Bréfritari: Stefanía Siggeirsdóttir
Viðtakandi: Páll Pálsson
Dagsetning: A-1866-09-09
Skrifað á: Hraungerði  Árn.
Stefanía var bróðurdóttir Páls Pálssonar

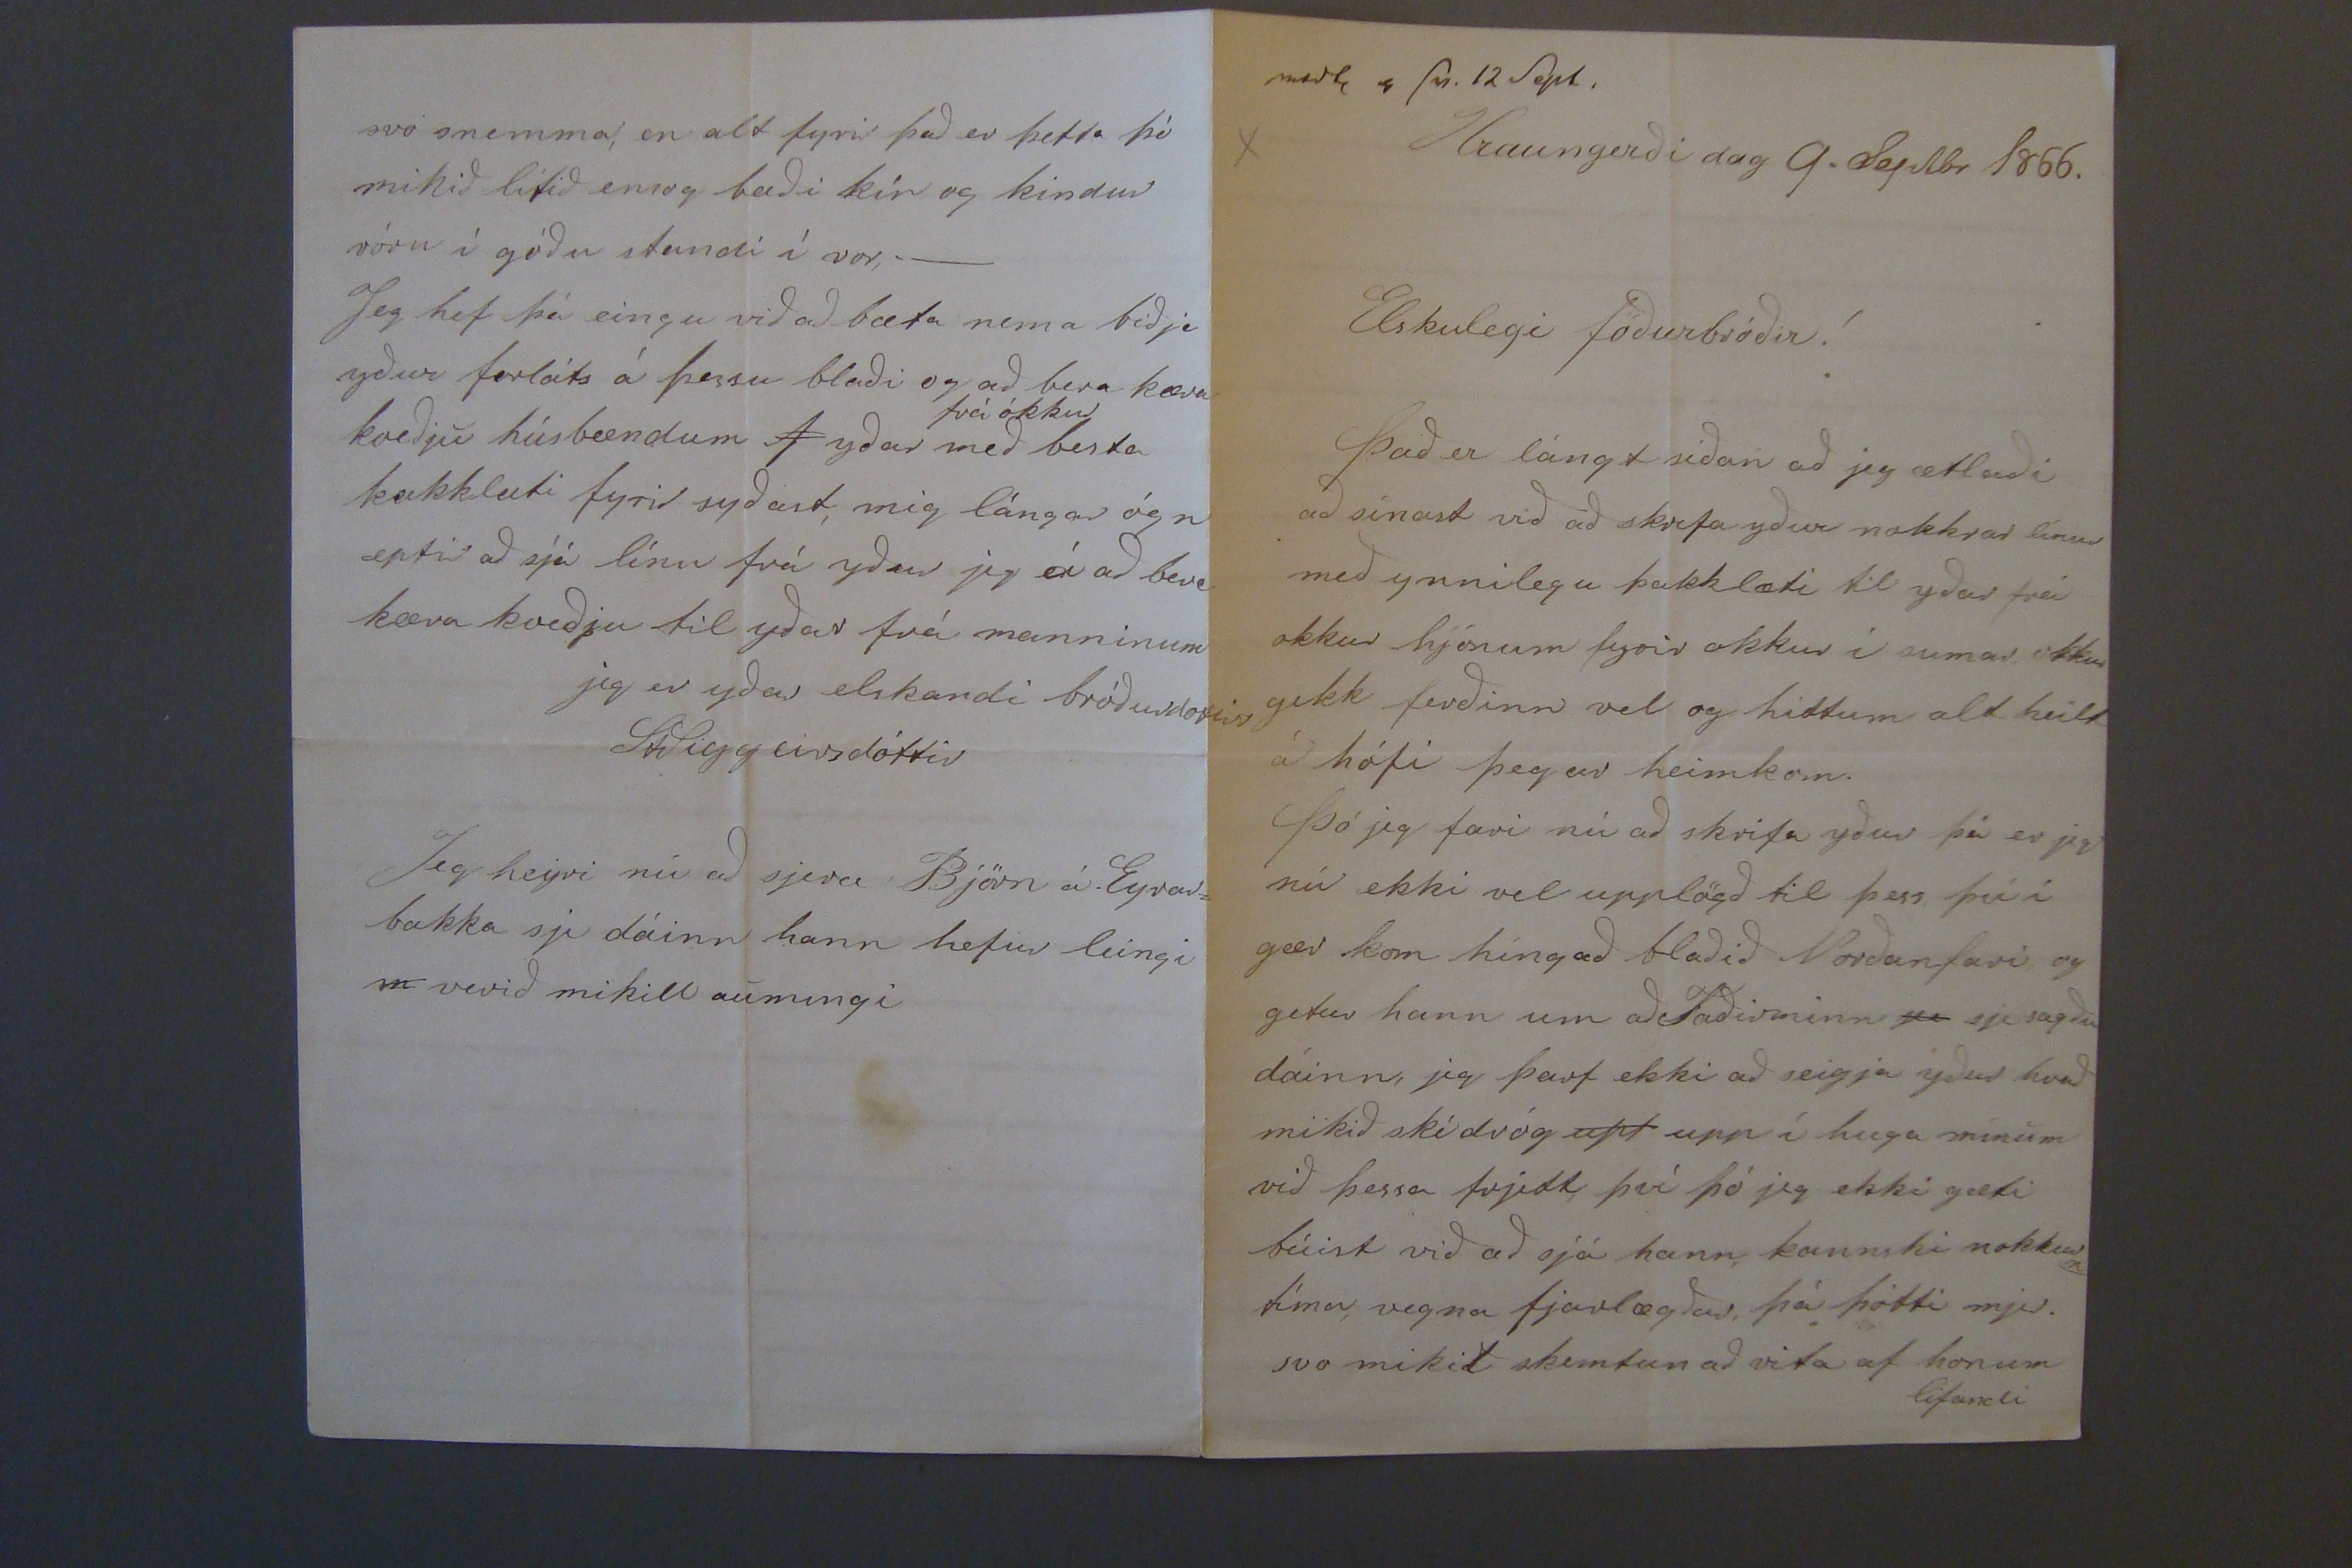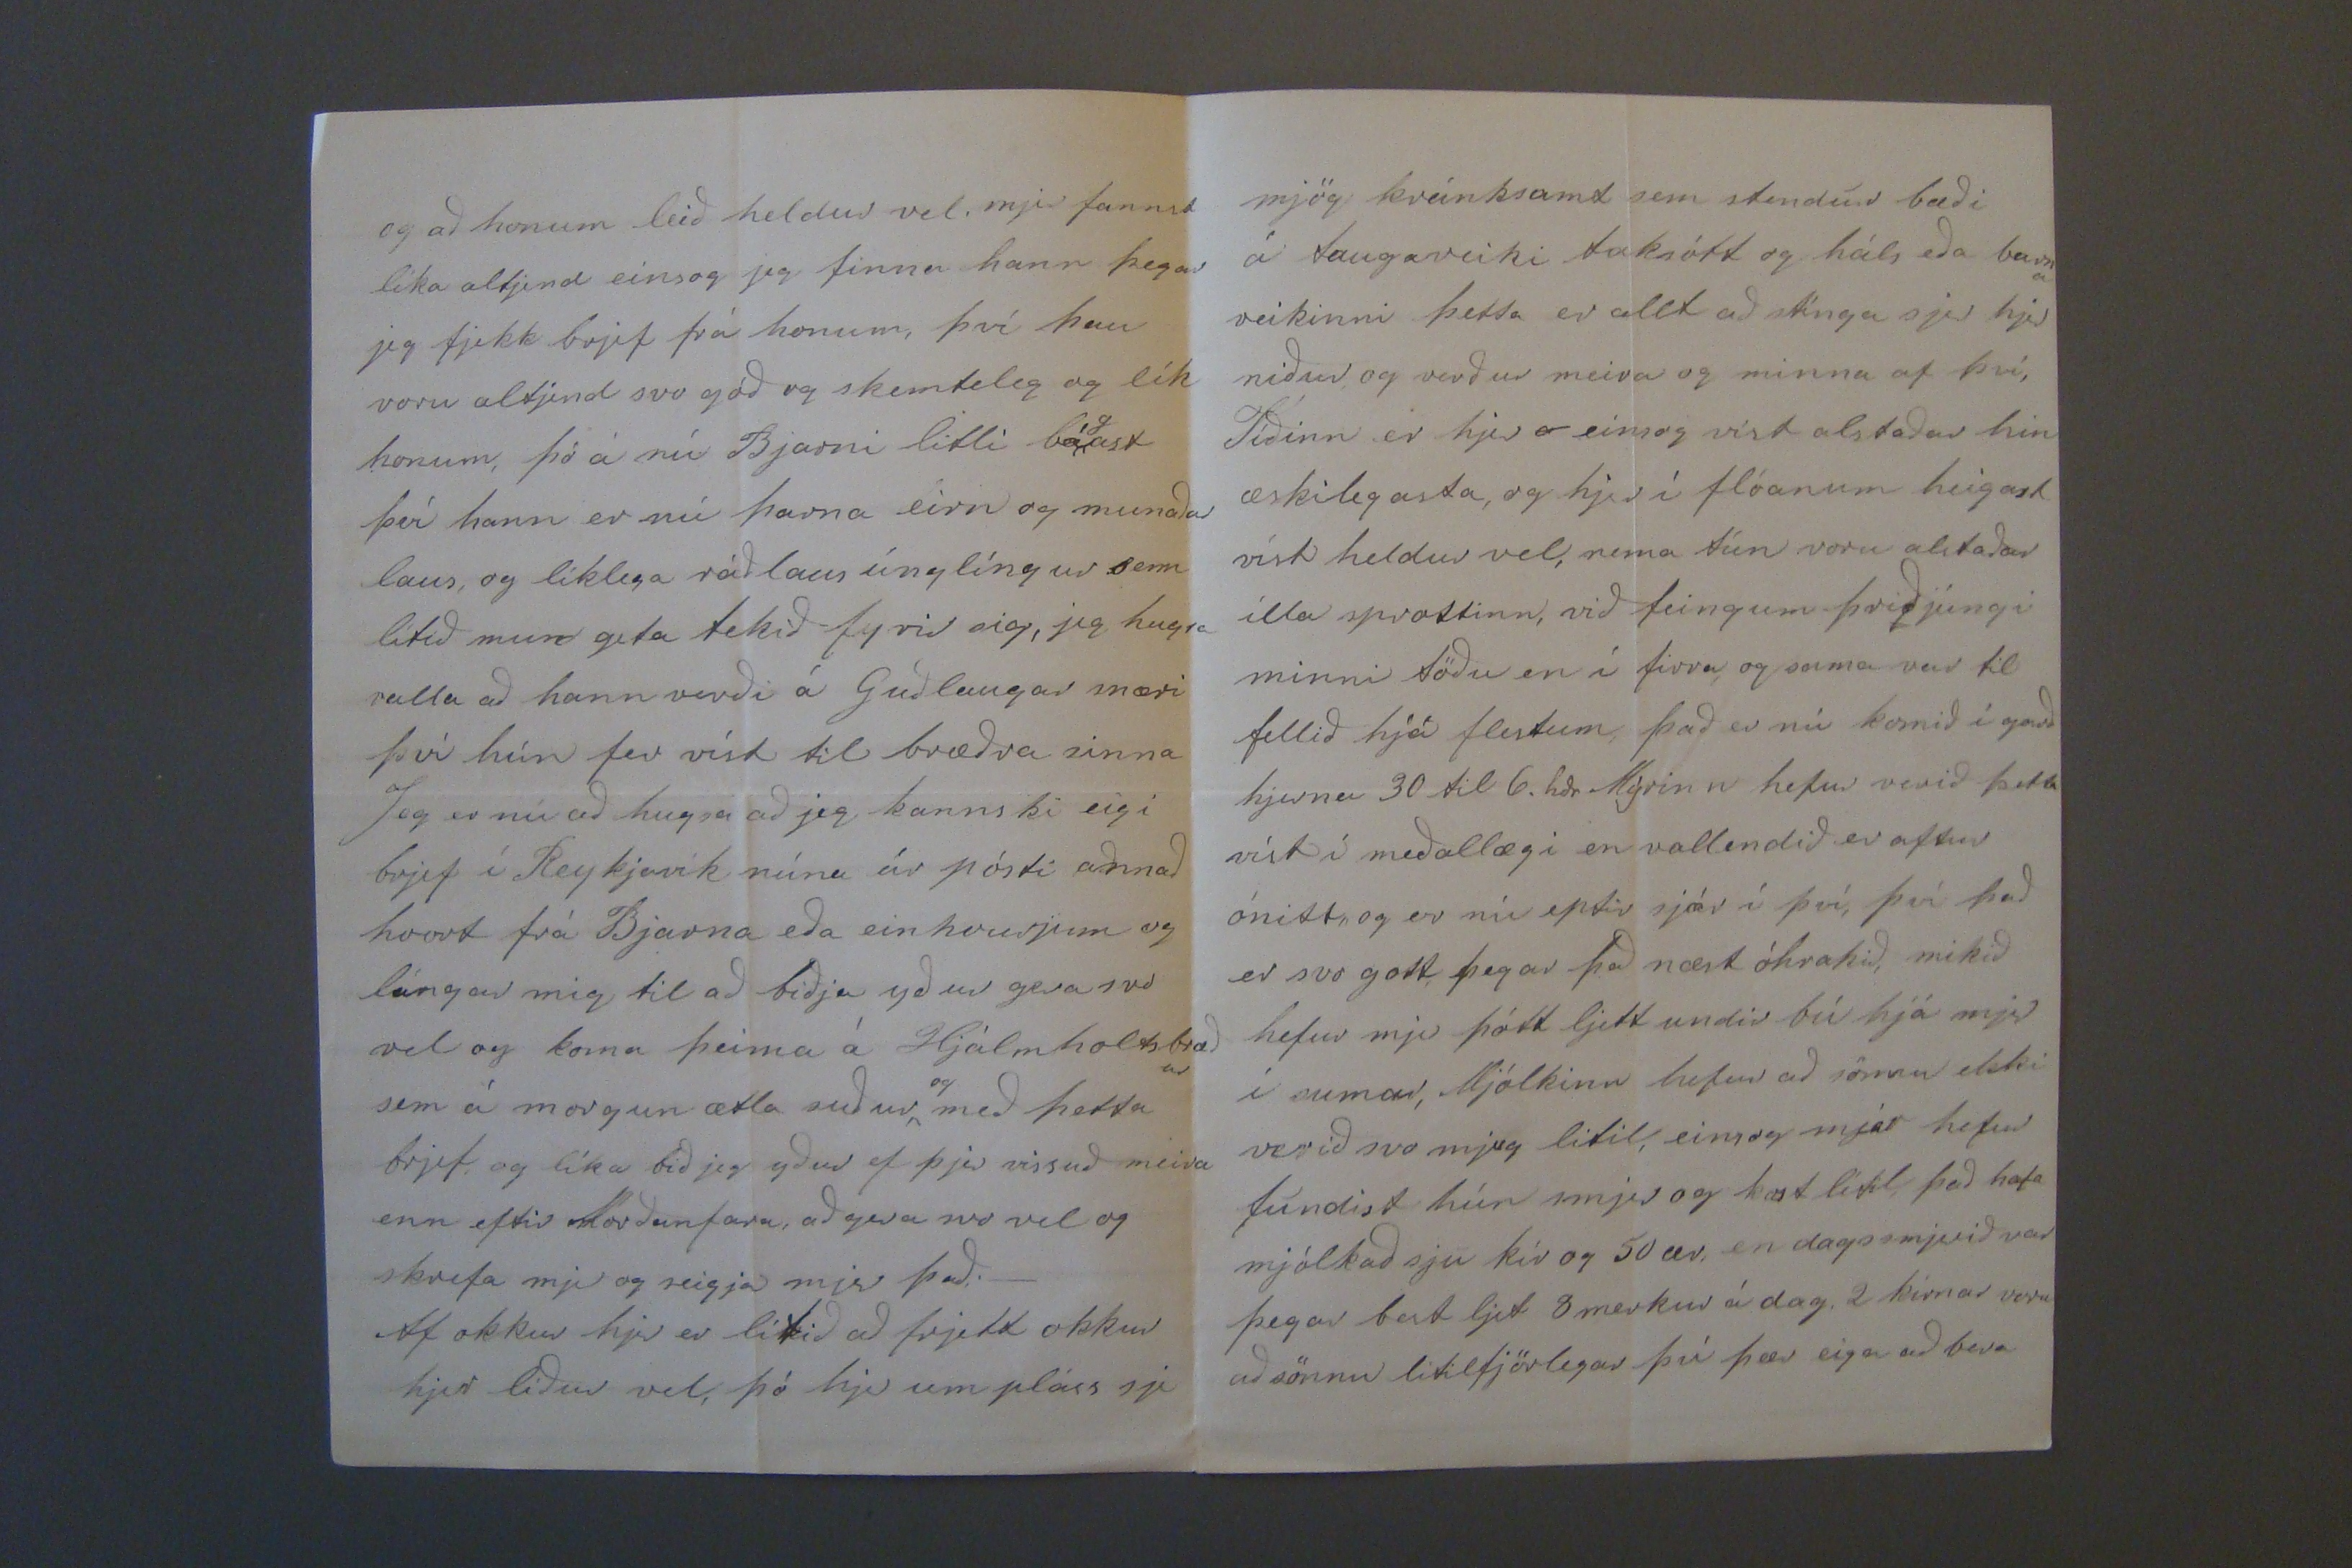

medt 4 sv. 12 Sept
Hraungerði dag 9. Septbr 1866
Elskulegi föðurbróðir!
Það er lángt síðan að jeg ætlaði að sínast við að skrifa yður nokkrar línur með ynnilegu þakklæti til yðar frá okkur hjónum fyrir okkur í sumar okkur gekk ferðinn vel og hittum alt heilt á hófi þegar heimkom. Þó jeg fari nú að skrifa yður þá er jeg nú ekki vel upplögð til þess því í gær kom híngað blaðið Norðanfari og getur hann um að Faðirminn
sje
sje sagður dáinn, jeg þarf ekki að seigja yður hvað mikið skí dróg
apt
upp í huga mínum við þessa frjett, því þó jeg ekki gæti búist við að sjá hann kannski nokkur tíma, vegna fjarlægðar, þá þótti mjer svo mikið skemtun að vita af honum lifandi
og að honum leið heldur vel, mjer fannst líka altjend einsog jeg finna hann þegar jeg fjekk brjef frá honum, því þau voru altjend svo góð og skemtileg og lík honum, þó á nú Bjarni litli bá
g
ast því hann er nú þarna eirn og munaðar laus, og líklega ráðlaus únglíngur sem lítið mun geta tekið fyrir sig, jeg hugsa valla að hann verði á Guðlaugar snæri því hún fer víst til bræðra sinna Jeg er nú að hugsa að jeg kannski eigi brjef í Reykjavík núna úr pósti annað hvort frá Bjarna eða einhvurjum og lángar mig til að biðja yður gera svo vel og koma þeima á Hjálmholtsbræður sem á morgun ætla suður
og
með þetta brjef og líka bið jeg yður ef þjer vissuð meira enn eftir Norðanfara, að gera svo vel og skrifa mjer og seigja mjer það._ Af okkur hjer er lítið að frjett okkur hjer líður vel, þó hjer um pláss sje
mjög kránksamt sem stendur bæði á taugaveiki taksótt og háls eða barna veikinni þetta er allt að stínga sjer hjer niður, og verður meira og minna af því, Tíðinn er hjer einsog víst alstaðar hin æskilegasta, og hjer í flóanum heigast víst heldur vel, nema tún voru alstaðar illa sprottinn, við feingum þriðjúngi minni töðu en í firra, og sama var til fellið hjá flestum, það er nú komið í garð hjerna 30 til 6. hdr Mýrinn hefur verið þetta víst í meðallægi en vallendið er aftur ónitt, og er nú eptir sjár í því, því það er svo gott þegar það næst óhrakið, mikið hefur mjer þótt ljett undir bú hjá mjer í sumar, Mjólkinn hefur að sönnu ekki verið svo mjug litil, einsog mjer hefur fundist hun smjer og
kast
lítil það hafa mjólkað sju kír og 50 ær, en dagssmjerið var þegar best ljet 8 merkur á dag, 2 kirnar voru að sönnu litilfjörlegar því þær eiga að bera
svo snemma, en alt fyrir það er þetta þó mikið lítið ensog badi kír og kindur vóru í góðu standi í vor,_ Jeg hef þá eingu við að bæta nema biðja yður forláts á þessu blaði og að bera kæra kveðju húsbændum
I
yðar
frá okkur
með besta þakklæti fyrir syðast, mig lángar ógn eptir að sjá línu frá yður jeg á að bera kæra kveðju til yðar frá manninum
jeg er yðar elskandi bróðurdottir
St Siggeirsdóttir
Jeg heyri nú að sjera Björn á Eyrar= bakka sje dáinn hann hefir leingi
m
verið mikill aumingi